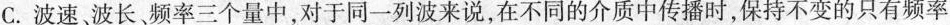
C.波速，波长频率三个量中，对于同一列波来说，在不同的介质中传播时，保持不变的只有频率